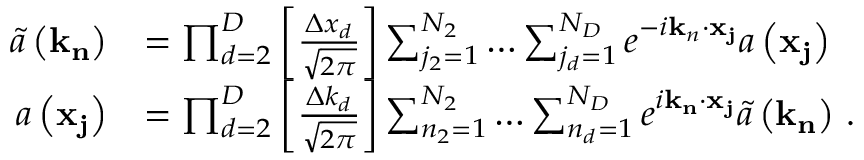
\begin{array} { r l } { \tilde { a } \left( \mathbf { k } _ { \mathbf { n } } \right) } & { = \prod _ { d = 2 } ^ { D } \left[ \frac { \Delta x _ { d } } { \sqrt { 2 \pi } } \right] \sum _ { j _ { 2 } = 1 } ^ { N _ { 2 } } \ldots \sum _ { j _ { d } = 1 } ^ { N _ { D } } e ^ { - i \mathbf { k } _ { n } \cdot \mathbf { x } _ { \mathbf { j } } } a \left( \mathbf { x } _ { \mathbf { j } } \right) \, } \\ { a \left( \mathbf { x } _ { \mathbf { j } } \right) } & { = \prod _ { d = 2 } ^ { D } \left[ \frac { \Delta k _ { d } } { \sqrt { 2 \pi } } \right] \sum _ { n _ { 2 } = 1 } ^ { N _ { 2 } } \ldots \sum _ { n _ { d } = 1 } ^ { N _ { D } } e ^ { i \mathbf { k } _ { \mathbf { n } } \cdot \mathbf { x } _ { \mathbf { j } } } \tilde { a } \left( \mathbf { k } _ { \mathbf { n } } \right) \, . } \end{array}